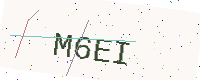
Text: M6EI